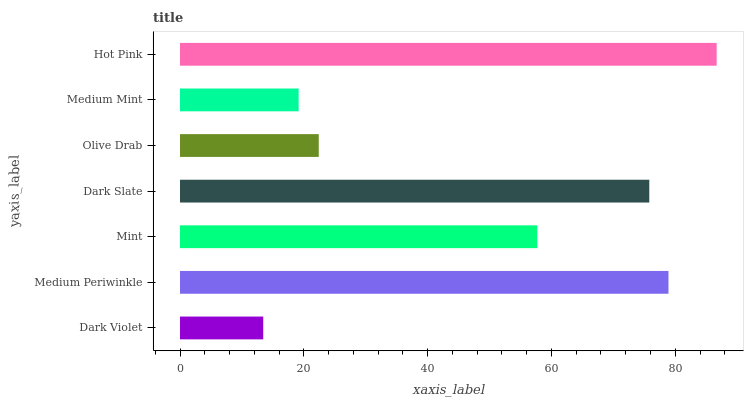
| yaxis_label | bars |
 | --- | --- |
 | Dark Violet | 13.4 |
 | Medium Periwinkle | 78.9 |
 | Mint | 57.7 |
 | Dark Slate | 75.8 |
 | Olive Drab | 22.4 |
 | Medium Mint | 19.2 |
 | Hot Pink | 86.7 |